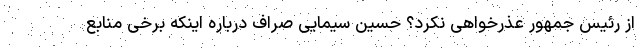
از رئیس جمهور عذرخواهی نکرد؟ حسین سیمایی صراف درباره اینکه برخی منابع